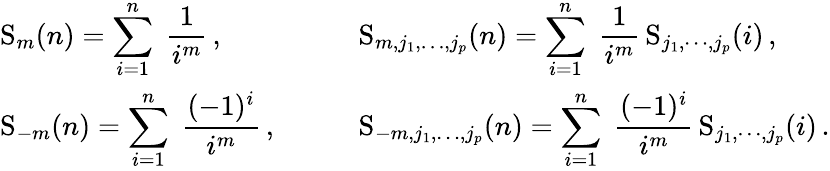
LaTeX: \begin{array}{ll}{{\displaystyle\mathrm{S}_{m}(n)=\sum_{i=1}^{n}\; \frac{1}{i^{m}}\, ,}}&{{\displaystyle\mathrm{S}_{m,j_{1},\ldots,j_{p}}(n)=\sum_{i=1}^{n}\; \frac{1}{i^{m}}\, \mathrm{S}_{j_{1},\cdots,j_{p}}(i)\, ,}}\\ {{\displaystyle\mathrm{S}_{-m}(n)=\sum_{i=1}^{n}\; \frac{(-1)^{i}}{i^{m}}\, ,\qquad}}&{{\displaystyle\mathrm{S}_{-m,j_{1},\ldots,j_{p}}(n)=\sum_{i=1}^{n}\; \frac{(-1)^{i}}{i^{m}}\, \mathrm{S}_{j_{1},\cdots,j_{p}}(i)\, .}}\end{array}